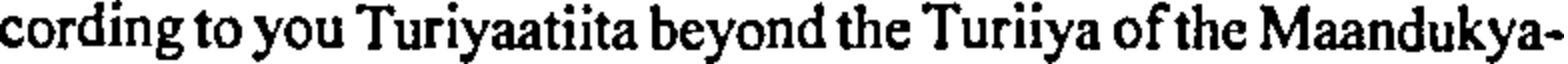
cording to you Turiyaatiita beyond the Turiiya of the Maandukya-